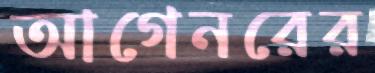
আগেনরের